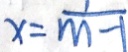
x = \frac { 1 } { m - 1 }